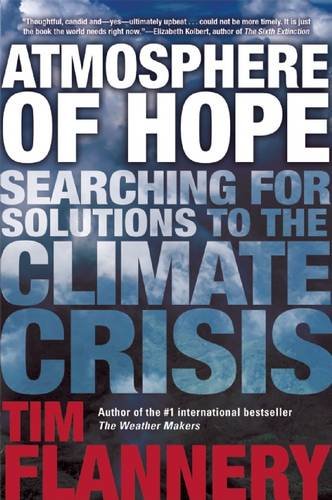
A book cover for Atmosphere of Hope: Searching for Solutions to the Climate Crisis; Tim Flannery; Science & Math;